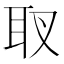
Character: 𦔹